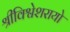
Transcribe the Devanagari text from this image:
श्रीविश्वेशरायो